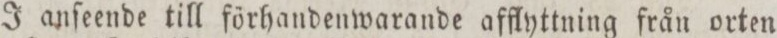
J anſeende till förhandenwarande afflyttning från orten